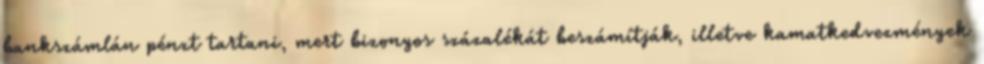
bankszámlán pénzt tartani, mert bizonyos százalékát beszámítják, illetve kamatkedvezmények